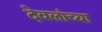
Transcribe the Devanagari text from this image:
देवलांच्या